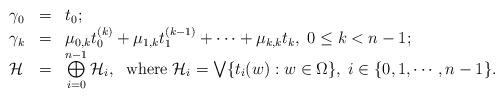
LaTeX: \begin{align*} \begin{array}{lll}\gamma_0&=&t_0;\\\gamma_{k}&=&\mu_{0,k}t_{0}^{(k)}+\mu_{1,k}t^{(k-1)}_1+\cdots +\mu_{k,k}t_k,\; 0\leq k<n-1;\\{\mathcal H}&=&\bigoplus\limits_{i=0}^{n-1}{\mathcal H}_i,\;\mbox{ \rm where}\; {\mathcal H}_i=\bigvee\{t_i(w):w\in \Omega\},\; i\in\{0,1,\cdots,n-1\}.\end{array}\end{align*}